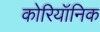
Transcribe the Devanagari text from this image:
कोरियॉनिक